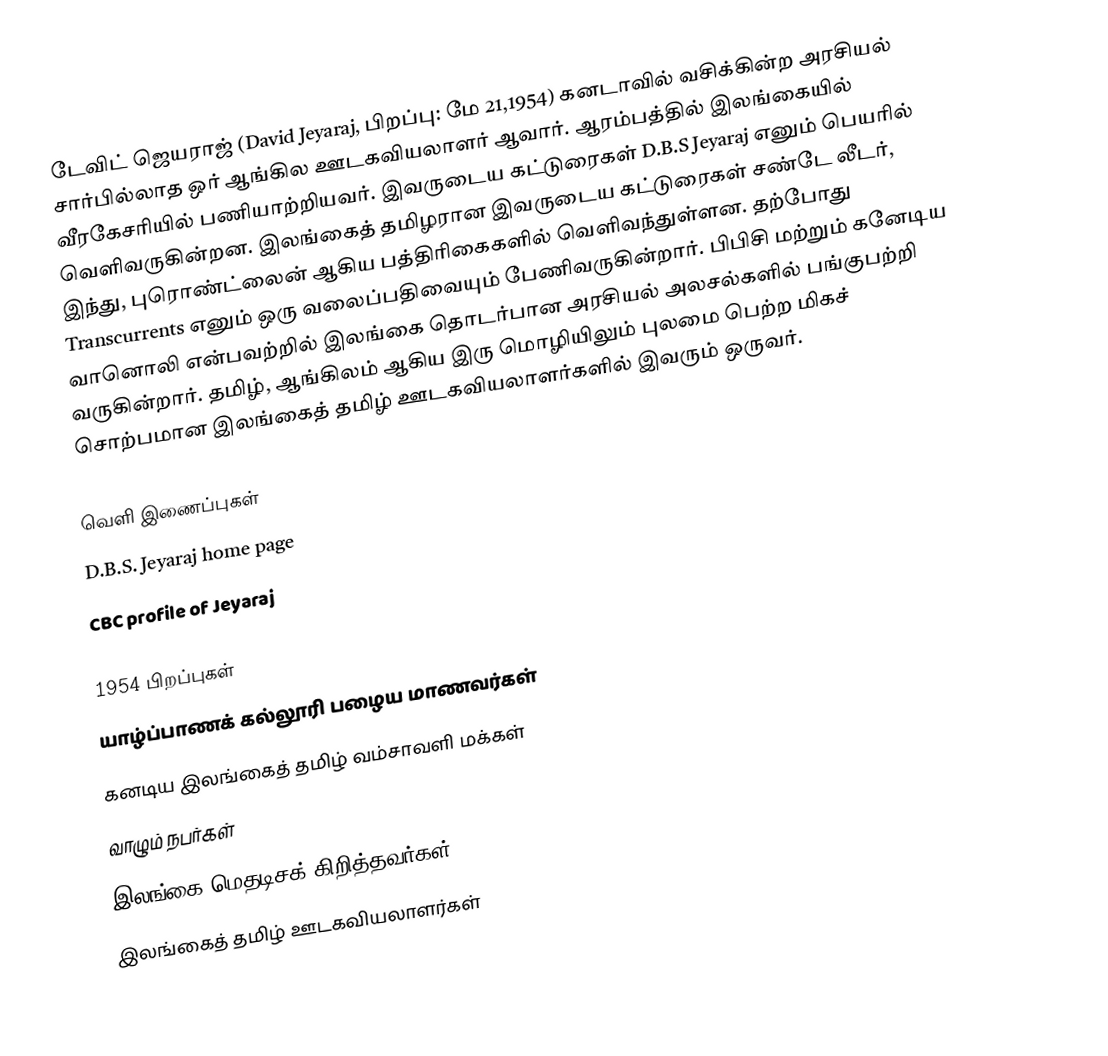
டேவிட் ஜெயராஜ் (David Jeyaraj, பிறப்பு: மே 21,1954) கனடாவில் வசிக்கின்ற அரசியல் சார்பில்லாத ஒர் ஆங்கில ஊடகவியலாளர் ஆவார். ஆரம்பத்தில் இலங்கையில் வீரகேசரியில் பணியாற்றியவர். இவருடைய கட்டுரைகள் D.B.S Jeyaraj எனும் பெயரில் வெளிவருகின்றன. இலங்கைத் தமிழரான இவருடைய கட்டுரைகள் சண்டே லீடர், இந்து, புரொண்ட்லைன் ஆகிய பத்திரிகைகளில் வெளிவந்துள்ளன. தற்போது Transcurrents எனும் ஒரு வலைப்பதிவையும் பேணிவருகின்றார். பிபிசி மற்றும் கனேடிய வானொலி என்பவற்றில் இலங்கை தொடர்பான அரசியல் அலசல்களில் பங்குபற்றி வருகின்றார். தமிழ், ஆங்கிலம் ஆகிய இரு மொழியிலும் புலமை பெற்ற மிகச் சொற்பமான இலங்கைத் தமிழ் ஊடகவியலாளர்களில் இவரும் ஒருவர்.

வெளி இணைப்புகள்
 D.B.S. Jeyaraj home page
 CBC profile of Jeyaraj

1954 பிறப்புகள்
யாழ்ப்பாணக் கல்லூரி பழைய மாணவர்கள்
கனடிய இலங்கைத் தமிழ் வம்சாவளி மக்கள்
வாழும் நபர்கள்
இலங்கை மெதடிசக் கிறித்தவர்கள்
இலங்கைத் தமிழ் ஊடகவியலாளர்கள்